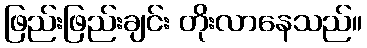
ဖြည်းဖြည်းချင်း တိုးလာနေသည်။